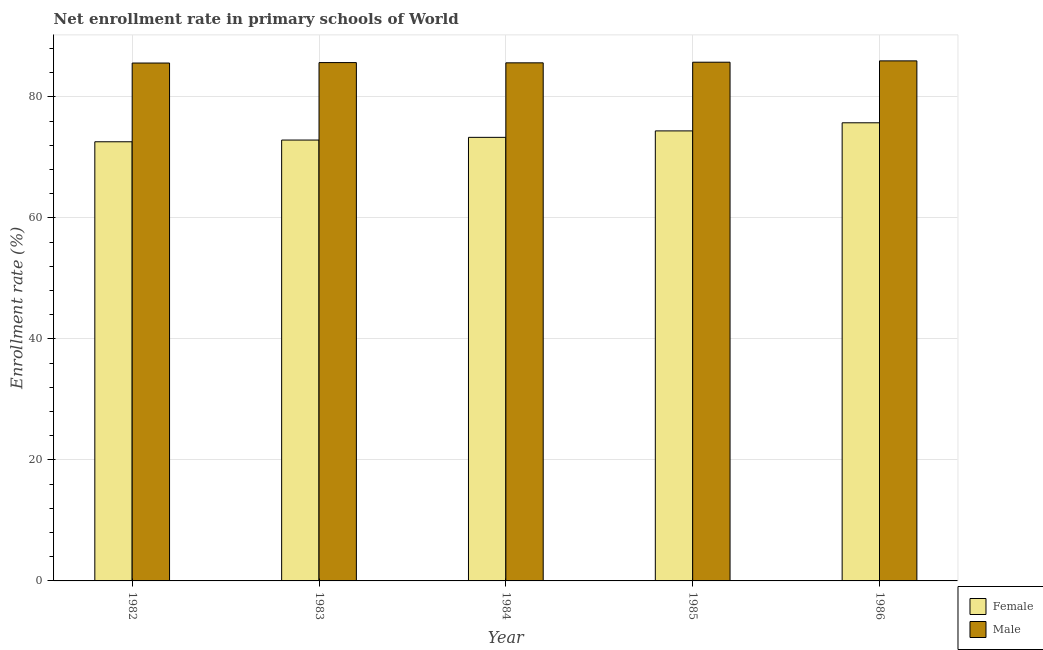
| Year | Female | Male |
 | --- | --- | --- |
 | 1982 | 72.6 | 85.6 |
 | 1983 | 72.9 | 85.7 |
 | 1984 | 73.3 | 85.6 |
 | 1985 | 74.4 | 85.7 |
 | 1986 | 75.7 | 86 |